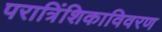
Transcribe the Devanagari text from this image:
परात्रिंशिकाविवरण